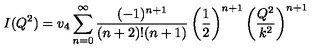
I ( Q ^ { 2 } ) = v _ { 4 } \sum _ { n = 0 } ^ { \infty } \frac { ( - 1 ) ^ { n + 1 } } { ( n + 2 ) ! ( n + 1 ) } \left( \frac { 1 } { 2 } \right) ^ { n + 1 } \left( \frac { Q ^ { 2 } } { k ^ { 2 } } \right) ^ { n + 1 }